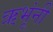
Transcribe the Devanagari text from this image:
ऋभूंनी